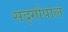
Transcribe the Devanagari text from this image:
सद्‍गोपाल